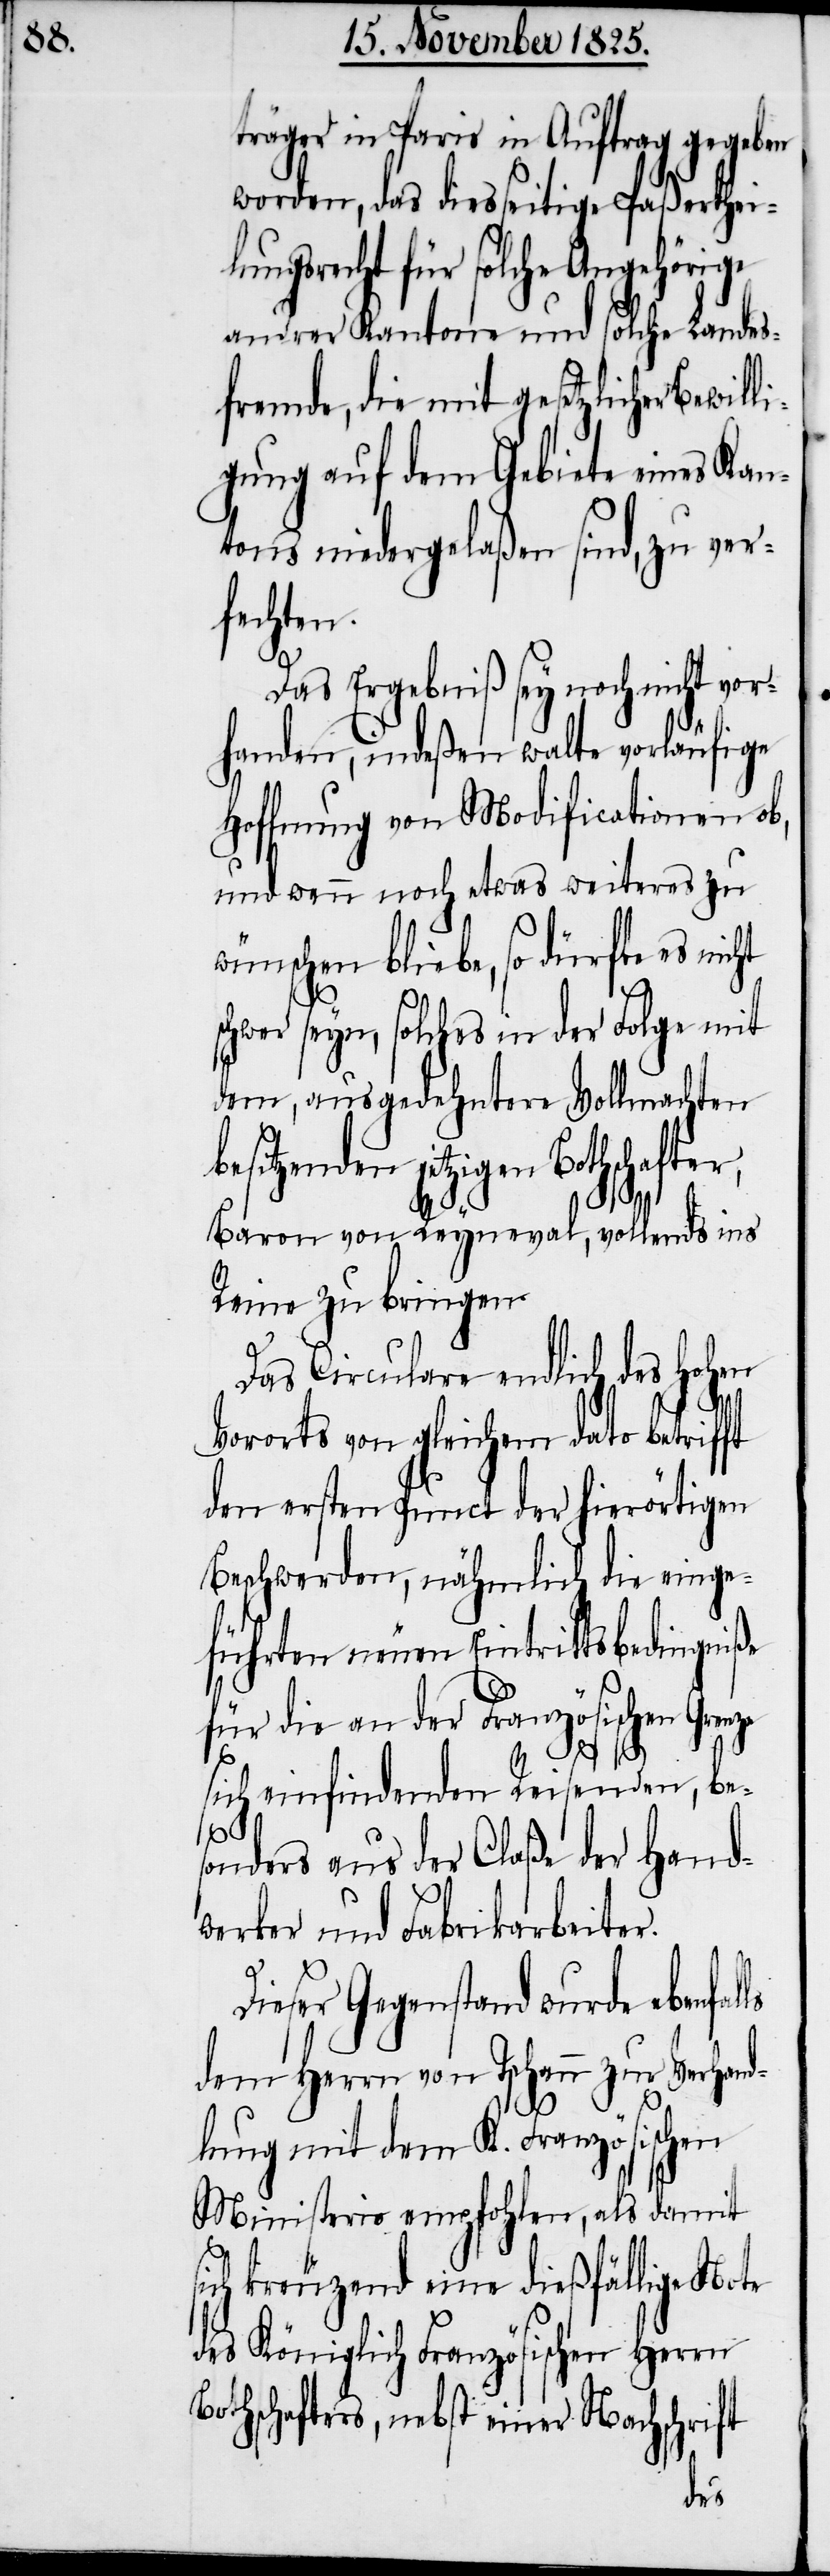
träger in Paris in Auftrag gegeben
worden, das diesseitige Paßerthei¬
lungsrecht für solche Angehörige
andrer Kantone und solche Landes¬
fremde, die mit gesetzlicher Bewil¬
igung auf dem Gebiete eines Kan¬
tons niedergelaßen sind, zu ver¬
fechte¬
Das Ergebniß sey noch nicht vor¬
handen, indeßen walte vorläufige
Hoffnung von Modificationen ob,
und wenn noch etwas weiteres zu
wünschen bliebe, so dürfte es nicht
schwer seyn, solches in der Folge mit
dem, ausgedehntere Vollmachten
jetzigen Bothschafter,
Baron von Reyneval, vollends ins
Reine zu bringen.
Das Circular endlich des hohen
s¬
Vororts von gleichem dato betrifft
den ersten Punct der hierörtigen
Beschwerden, nähmlich die einge¬
führten neuen Eintrittsbedingniße
für die an der Französischen Grenze
sich einfindenden Reisenden, be¬
sonders aus der Claße der Hand¬
werker und Fabrikarbeiter.
B¬
Dieser Gegenstand wurde ebenfalls
dem Herrn von Tschann zur Verhand¬
lung mit dem K. Französischen
Ministerio empfohlen, als damit
ich kreuzend eine dießfällige Note
des Königlich Französischen Herrn
othschafters, nebst einer Nachschrift